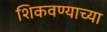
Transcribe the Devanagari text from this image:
शिकवण्याच्या